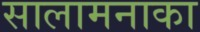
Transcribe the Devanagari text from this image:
सालामनाका